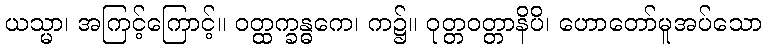
ယသ္မာ၊ အကြင့်ကြောင့်။ ဝတ္ထက္ခန္ဓကေ၊ က၌။ ဝုတ္တဝတ္တာနိပိ၊ ဟောတော်မူအပ်သော